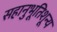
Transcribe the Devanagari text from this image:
सहानुभूतिशून्य